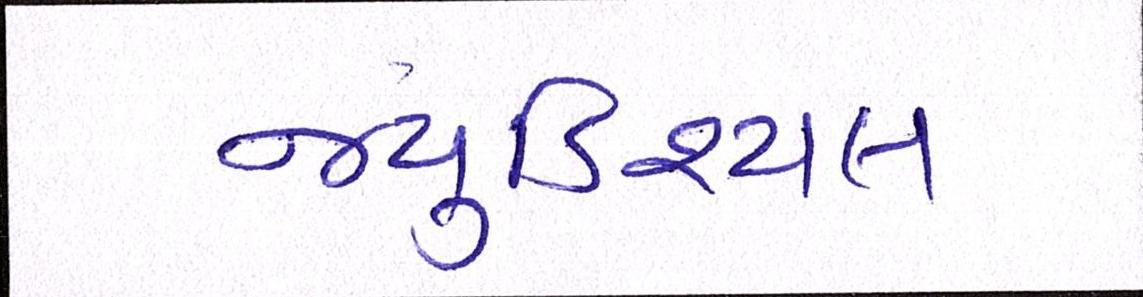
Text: જ્યુડિશ્યલ